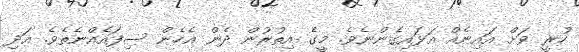
ހުރީ ވަށް އައިނެއް އަޅައިގެންނެވެ. މީގެ އިތުރުން ދެން އެހެން ސިފައެއްނެތެވެ. އަދި